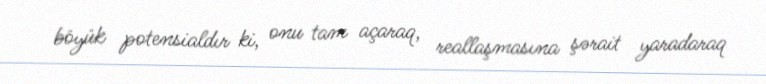
böyük potensialdır ki, onu tam açaraq, reallaşmasına şərait yaradaraq